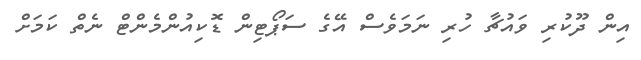
އިން ދޫކުރި ވައުޗާ ހުރި ނަމަވެސް އޭގެ ސަޕޯޓިން ޑޮކިއުންމެންޓް ނެތް ކަމަށް